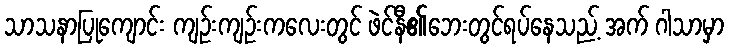
သာသနာပြုကျောင်း ကျဉ်းကျဉ်းကလေးတွင် ဖဲင်နီ၏ဘေးတွင်ရပ်နေသည့် အက် ဂါသာမှာ